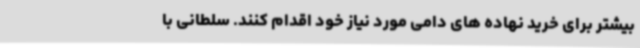
بیشتر برای خرید نهاده های دامی مورد نیاز خود اقدام کنند. سلطانی با